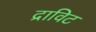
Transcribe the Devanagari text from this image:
द्राविट